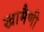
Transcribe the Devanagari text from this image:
खामैणी